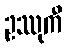
ဥဿုကီ